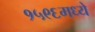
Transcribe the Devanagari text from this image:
१५९६मध्ये